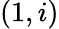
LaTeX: (1,i)